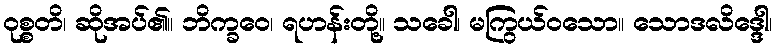
ဝုစ္စတိ၊ ဆိုအပ်၏။ ဘိက္ခဝေ၊ ရဟန်းတို့။ သခေါ၊ မကြွယ်ဝသော။ သောဒလိဒ္ဒေါ၊